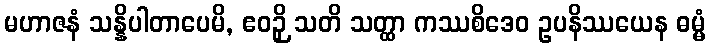
မဟာဇနံ သန္နိပါတာပေမိ, ဧဝဉှိ သတိ သတ္ထာ ကဿစိဒေဝ ဥပနိဿယေန ဓမ္မံ